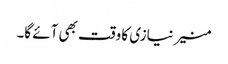
منیر نیازی کا وقت بھی آئے گا۔